[Report on the health of British troops in the Madras command]
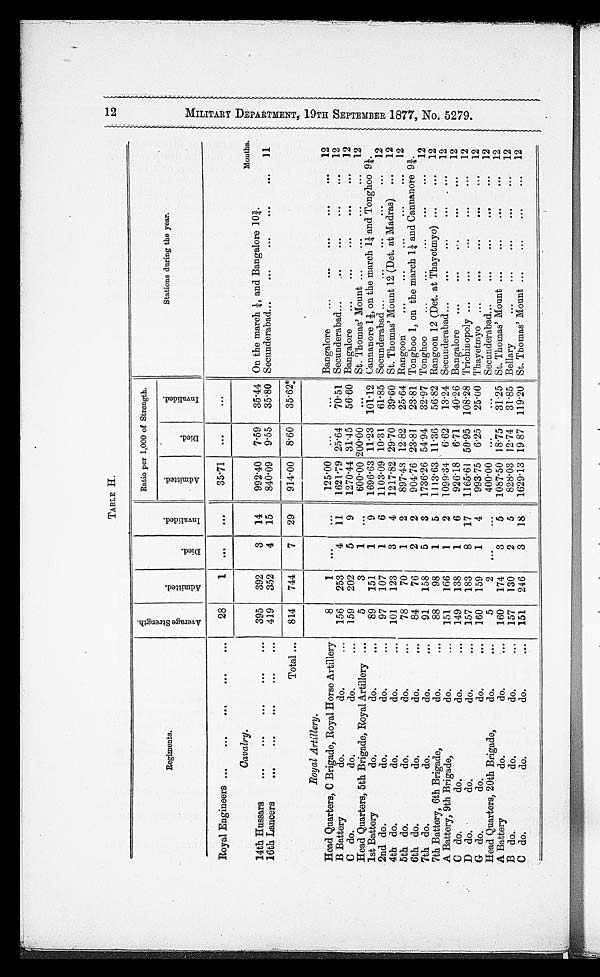
TABLE H.
Regiments.
A v e r a g e S t r e n g t h .
A d m i t t e d .
D i e d .
I n v a l i d e d .
Ratio per 1,000 of Strength.
Stations during the year.
A d m i t t e d . D i e d .
I n v a l i d e d .
Royal Engineers ...
...
...
...
...
28
1
. . .
. . .
35.71 ...
. . .
Months.
On the march 1/4, and Bangalore 10 3/4.
Secunderabad...
...
...
...
...
l 1
Cavalry.
14th Hussars
...
...
...
...
...
395
392
3
14
992.40 7.59
35.44
16th Lancers
...
...
...
...
...
419 352
4
15
840.09 9.55
35.80
Total ...
814
744
7 29
914.00 8.60
3 5 . 6 2
Royal Artillery.
Head Quarters, C Brigade, Royal Horse Artillery
8
1 ...
...
1 2 5 . 0 0 ...
...
Bangalore
...
...
...
...
... 12
B Battery
do.
do
1 5 6 253
4
11
1621.79 25.64
70.51 Secunderabad...
...
...
...
... 12
C do.
do.
do.
...
159 202
5
9
1270.44
3 1 . 4 5 56.60 Bangalore
...
...
...
...
... 12
Head Quarters, 5th Brigade, Royal Artillery ...
5
3
1
...
6 0 0 . 0 0 200.00
...
St. Thomas' Mount ...
...
...
... 12
1st Battery
do.
do.
...
89 151
1
9
1 6 9 6 . 6 3 11.23 101.12 Cannanore 11/2, on the march 1 1/4 and Tonghoo 9 1/4.
2nd do.
do.
do.
...
9 7 107
1
6
1 1 0 3 . 0 9
1 0 . 3 1 61.85 Secunderabad ...
...
...
...
... 12
4th do.
do.
do. . . . 101
123
3
4
1 2 1 7 . 8 2
2 9 . 7 0 39.60 St. Thomas' Mount 12 (Det. at Madras) ... 12
5th do.
do.
do.
...
78
70
1
2
897.43 12.82 25.64 Rangoon
...
...
...
...
... 12
6th do.
do.
do.
. . .
84
76
2
2
9 0 4 . 7 6
2 3 . 8 1
23.81 Tonghoo 1, on the march 1 1/4 and Cannanore 9 3/4.
7th do.
do.
do.
...
91
158
5
3
1 7 3 6 . 2 6
5 4 . 9 4 32.97 Tonghoo
...
...
...
...
... 12
7th Battery, 6th Brigade,
do.
. . .
88
98
1
5 1113.63
1 1 . 3 6 56.82 Rangoon 12 (Det. at Thayetmyo) ...
... 12
A Battery, 9th Brigade,
do.
. . . 151 166
1
2
1 0 9 9 . 3 4 6.62 13.24 Secunderabad...
...
...
...
... 12
C do.
do.
do.
. . . 149
138
1
6
926.18 6.71
•
40.26 B a n g a l o r e
. . .
. . .
. . .
. . .
. . .
1 2 D
D do.
do.
do.
. . . 157 183
8 17
1 1 6 5 . 6 1 50.95 108.28 Trichinopoly ...
...
... ... ... 12
G do.
do.
do.
...
160 159
1
4
9 9 3 . 7 5 6.25 6.25 25.00 Thayetmyo ...
...
...
...
... 12
Head Quarters, 20th Brigade,
do.
. . .
5
2 ...
. . . 400.00 ...
...
Secunderabad...
...
...
...
... 12
A Battery
do.
do.
...
160 174
3
5
1087.50 18.75
31.25 St. Thomas' Mount ...
...
...
... 12
B do.
do.
do.
. . . 157 130
2
5
828.03 12.74 31.85 Bellary
...
...
...
...
... 12
C do.
do.
do.
. . . 151 246
3
18
1 6 2 9 . 1 3 19. 87 119.20 St. Thomas' Mount ...
...
...
... 12
1 2 M I L I T A R Y D E P A R T M E N T , 1 9 T H S E P T E M B E R 1 8 7 7 , N O . 5 2 7 9 .